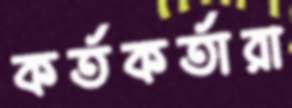
কর্তকর্তারা